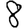
Digit: 8